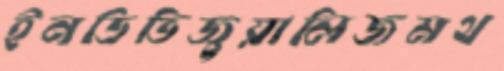
ইনডিভিজুয়ালিজমথ